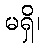
မရှိ၊